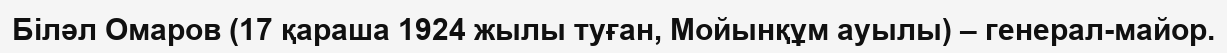
Біләл Омаров (17 қараша 1924 жылы туған, Мойынқұм ауылы) – генерал-майор.